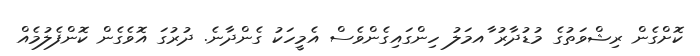
ކޮށްގެން ރިޝްވަތުގެ މުޑުދާރު ާއމަލު ހިންގައިގެންވެސް އެމީހަކު ގެންދާނެ. ދުރުގަ އޮވެގެން ކޮންފެލުމެއް